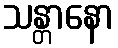
သန္တာနော